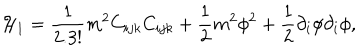
{ \cal H } _ { 1 } = \frac { 1 } { 2 . 3 ! } m ^ { 2 } C _ { i j k } C _ { i j k } + \frac { 1 } { 2 } m ^ { 2 } \phi ^ { 2 } + \frac { 1 } { 2 } \partial _ { i } \phi \partial _ { i } \phi ,